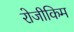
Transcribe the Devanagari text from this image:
रोजीकिम